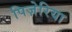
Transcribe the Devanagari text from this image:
पिज़ेरिया